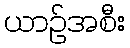
ယာဉ်အစီး